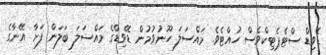
ޑޭވިޑް ސްޓެޕެޓިކްވެސް ހުއްޓެވެ. މައްސަލަ ހޫނުވުމުން ޑޭވިޑްގެ މައްސަލަ ބަލަން ފަށާ އޭނާގެ